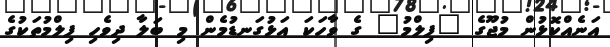
އަނެއްކޮޅުން މުޖޫގެ "ފިލްމު" ގެ ވާހަކަ އަޅުގަނޑުމެން މި ބަލާ ދިވެހި ފިލްމުތަކުގެ